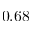
0 . 6 8